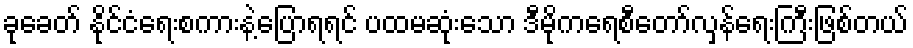
ခုခေတ် နိုင်ငံရေးစကားနဲ့ပြောရရင် ပထမဆုံးသော ဒီမိုကရေစီတော်လှန်ရေးကြီးဖြစ်တယ်